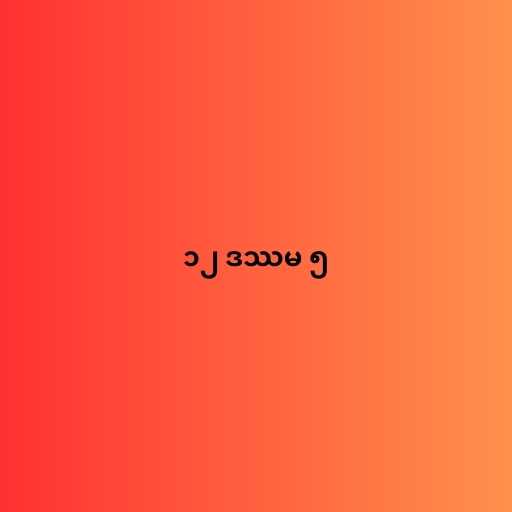
၁၂ ဒဿမ ၅